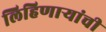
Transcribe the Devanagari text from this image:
लिहिणाऱ्यांची